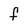
Character: f